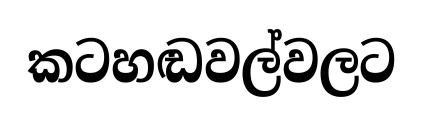
කටහඬවල්වලට